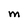
Character: M